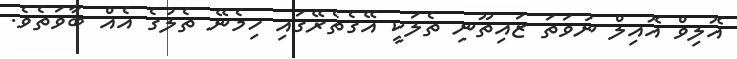
އޮލިވް އޮއިލް ނުވަތަ ޒައިތޫނި ތެލަކީ އޭގެތެރޭގައި ހިމެނޭ ތެލުގެ އެއް ބާވަތެވެ.